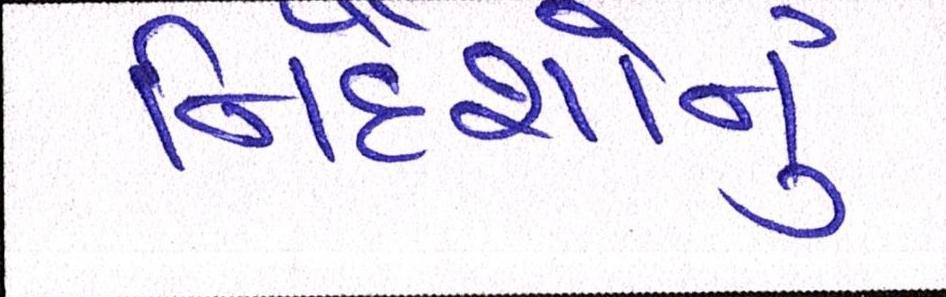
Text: નિર્દેશોનું